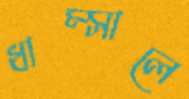
ধাম্‌সালে